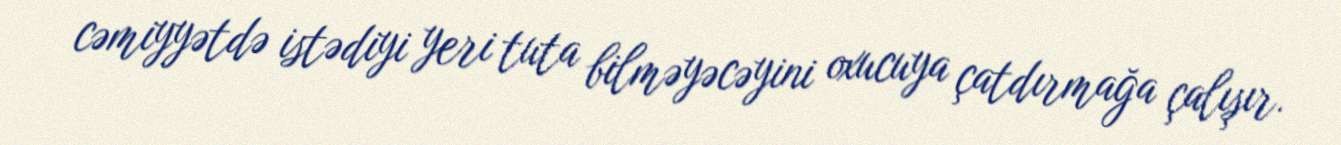
cəmiyyətdə istədiyi yeri tuta bilməyəcəyini oxucuya çatdırmağa çalışır.